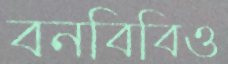
বনবিবিও